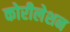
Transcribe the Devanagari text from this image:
कोरीलेशन